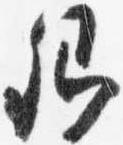
卿